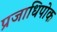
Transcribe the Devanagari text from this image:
प्रजाधिपोक